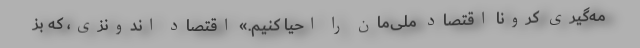
مه‌گیری کرونا اقتصاد ملی‌مان را احیا کنیم.» اقتصاد اندونزی، که بز